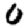
Digit: 0